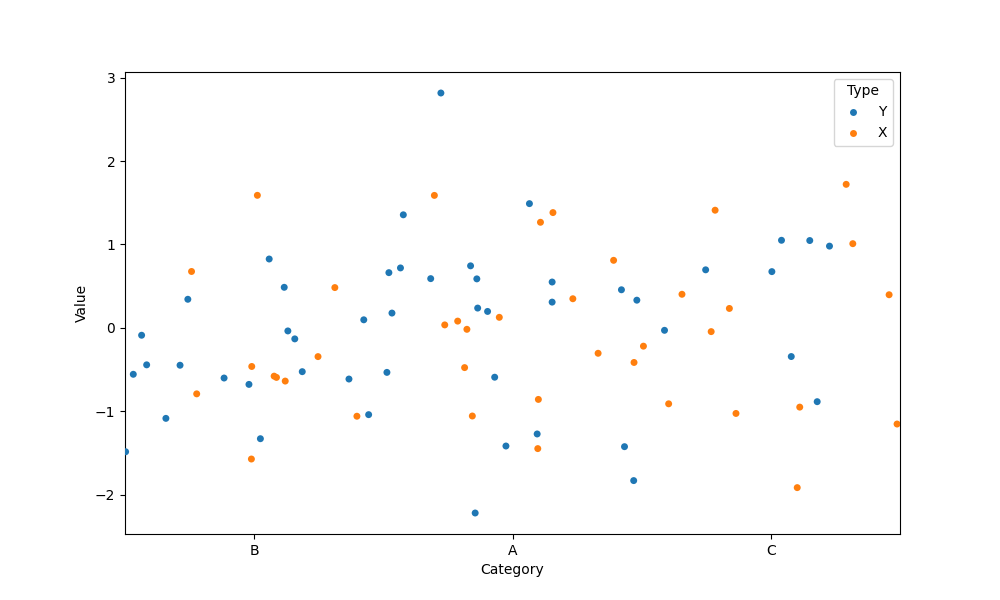
python, seaborn, stripplot, jitter=True, dodge=True, alpha=1.0, size=5